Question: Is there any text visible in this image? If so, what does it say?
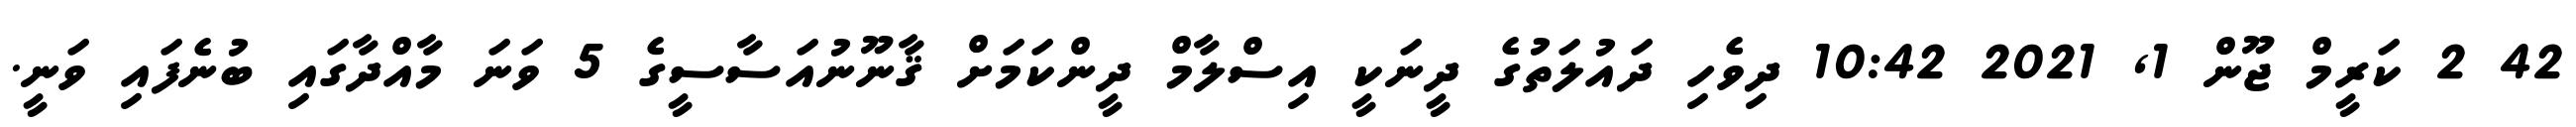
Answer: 42 2 ކަރީމް ޖޫން 1, 2021 10:42 ދިވެހި ދައުލަތުގެ ދީނަކީ އިސްލާމް ދީންކަމަށް ޤާނޫނުއަސާސީގެ 5 ވަނަ މާއްދާގައި ބުނެފައި ވަނީ.